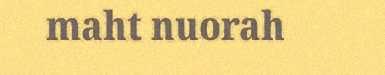
maht nuorah